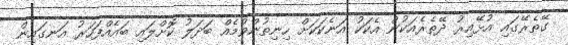
ގޭތެރޭގައި އުޅޭއިރު ދޭތެރެއަކުން އެކަކު އަނެކަކަށް ހިނިތުންވުމެއް ބަދަލު ކޮށްލައި ބައެއްފަހަރު އަނގައިން